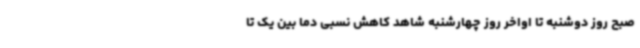
صبح روز دوشنبه تا اواخر روز چهارشنبه شاهد کاهش نسبی دما بین یک تا